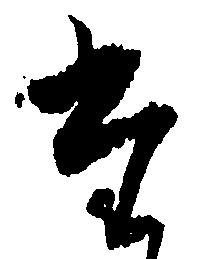
た